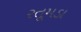
રતૂમડા